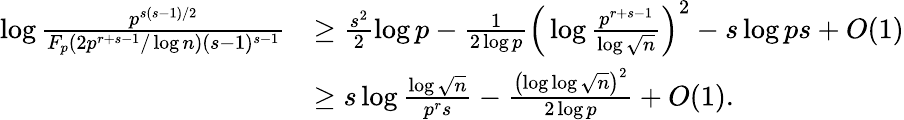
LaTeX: \begin{array}{rl}{\log{\frac{p^{s(s-1)/2}}{F_{p}(2p^{r+s-1}/\log{n})(s-1)^{s-1}}}}&{\geq\frac{s^{2}}{2}\log{p}-\frac{1}{2\log{p}}\Big(\log\frac{p^{r+s-1}}{\log{\sqrt{n}}}\Big)^{2}-s\log{ps}+O(1)}\\ &{\geq s\log{\frac{\log{\sqrt{n}}}{p^{r}s}}-\frac{\left(\log\log{\sqrt{n}}\right)^{2}}{2\log{p}}+O(1).}\end{array}